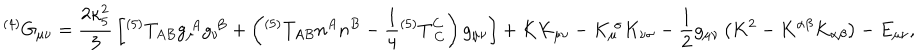
{ } ^ { ( 4 ) } G _ { \mu \nu } = { \frac { 2 \kappa _ { 5 } ^ { 2 } } { 3 } } \left[ { } ^ { ( 5 ) } T _ { A B } g _ { \mu } ^ { ~ A } g _ { \nu } ^ { ~ B } + \left( { } ^ { ( 5 ) } T _ { A B } n ^ { A } n ^ { B } - { \frac { 1 } { 4 } } { } ^ { ( 5 ) } T _ { ~ C } ^ { C } \right) g _ { \mu \nu } \right] + K K _ { \mu \nu } - K _ { \mu } ^ { ~ \sigma } K _ { \nu \sigma } - { \frac { 1 } { 2 } } g _ { \mu \nu } \left( K ^ { 2 } - K ^ { \alpha \beta } K _ { \alpha \beta } \right) - E _ { \mu \nu } ,